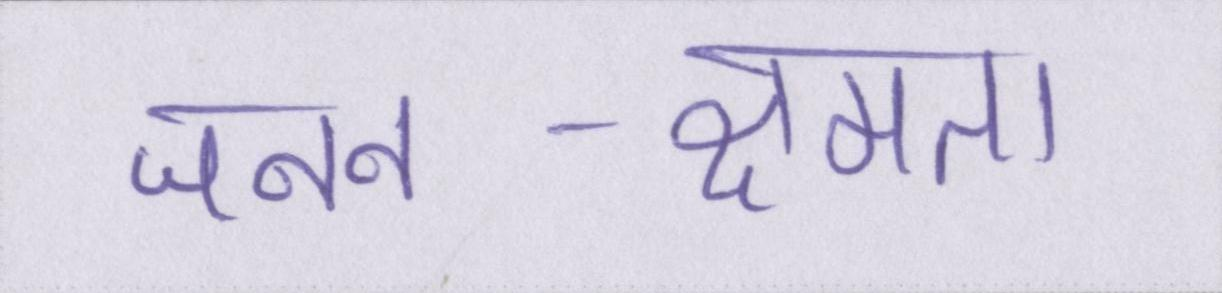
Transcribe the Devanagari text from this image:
जनन-क्षमता